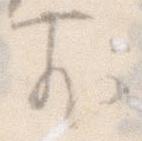
前